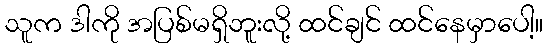
သူက ဒါကို အပြစ်မရှိဘူးလို့ ထင်ချင် ထင်နေမှာပေါ့။